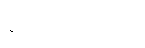
နည်းပညာပေး